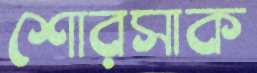
শোরসাক